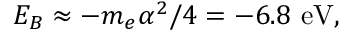
E _ { B } \approx - m _ { e } \alpha ^ { 2 } / 4 = - 6 . 8 \ \mathrm { e V } ,